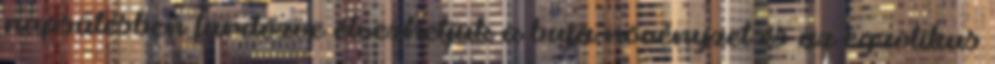
napsütésben fürdőzve élvezhetjük a buja növényzet és az egzotikus